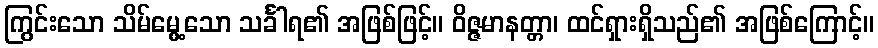
ကြွင်းသော သိမ်မွေ့သော သင်္ခါရ၏ အဖြစ်ဖြင့်။ ဝိဇ္ဇမာနတ္တာ၊ ထင်ရှားရှိသည်၏ အဖြစ်ကြောင့်။